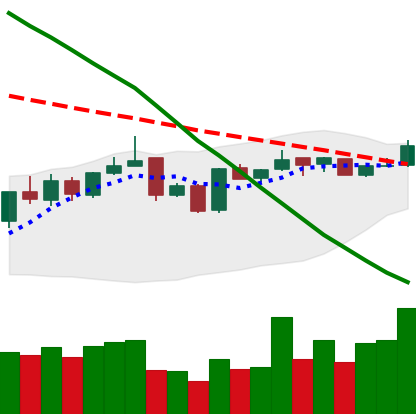
Ticker: BNB-USD
Chart end date: 2019-01-06
Forward return: -5.013%
Label: down_5_7